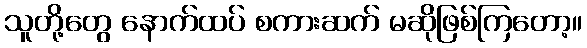
သူတို့တွေ နောက်ထပ် စကားဆက် မဆိုဖြစ်ကြတော့။